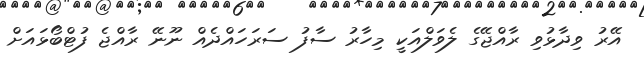
އޭރު ވިދާޅުވި ރާއްޖޭގެ ލެވަލްއަކީ މިހާރު ސާފު ސަރަހައްދެއް ނޫނޭ ރާއްޖެ ފުޓްބޯޅައަށް